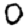
Digit: 0